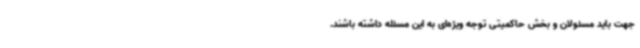
جهت باید مسئولان و بخش حاکمیتی توجه ویژه‌ای به این مسئله داشته باشند.